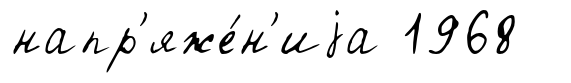
напр'яже́н'иjа 1968